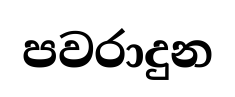
පවරාදුන